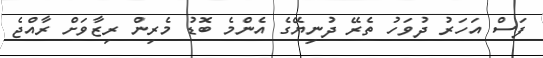
ފަސް އަހަރު ދުވަހު ތެރޭ ދުނިޔޭގެ އެންމެ ބޮޑު މެރިން ރިޒާވަށް ރާއްޖެ